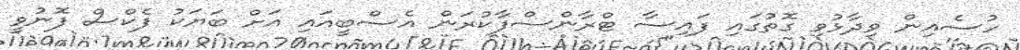
ހުސެއިން ވިދާޅުވި ގޮތުގައި ފައިސާ ޓްރާންސްފާކުރަން އެސްބީއައި އަށް ބަޔަކު ފެކްސް ފޮނުވީ